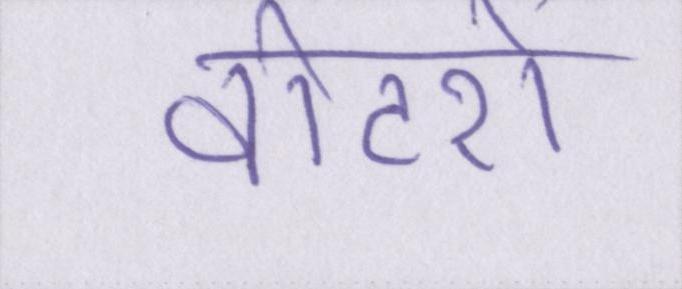
वोटरों